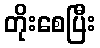
တိုးစေပြီး